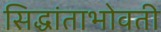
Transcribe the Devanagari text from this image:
सिद्धांताभोवती